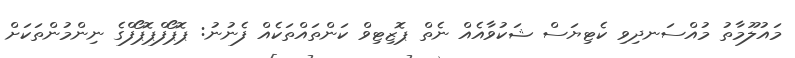
މައުލޫމާތު މުއްސަނދިވި ކެޓިޔަސް ޝަކުވާއެއް ނެތް ޕޮޒިޓިވް ކަންތައްތަކެއް ފެނުނު: ޕޮޕޯފްޕޮޕޯފްގެ ނިންމުންތަކަށް